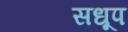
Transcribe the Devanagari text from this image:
सधूप